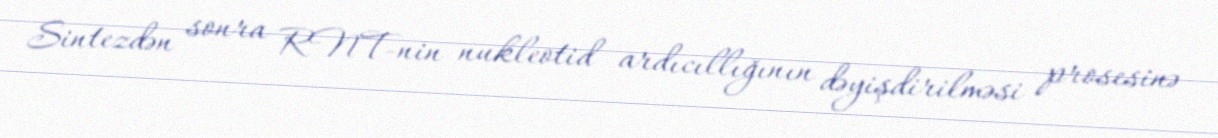
Sintezdən sonra RNT-nin nukleotid ardıcıllığının dəyişdirilməsi prosesinə